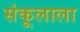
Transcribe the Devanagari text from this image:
संकूलाला